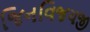
જિનવિજયજી